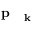
\mathrm { ~ \bf ~ p ~ } _ { \mathrm { ~ \bf ~ k ~ } }